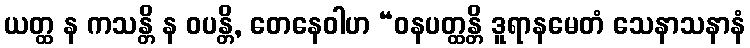
ယတ္ထ န ကသန္တိ န ဝပန္တိ, တေနေဝါဟ “ဝနပတ္ထန္တိ ဒူရာနမေတံ သေနာသနာနံ